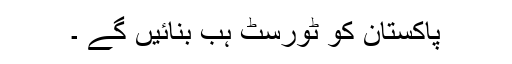
پاکستان کو ٹورسٹ ہب بنائیں گے ۔